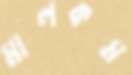
মালকম